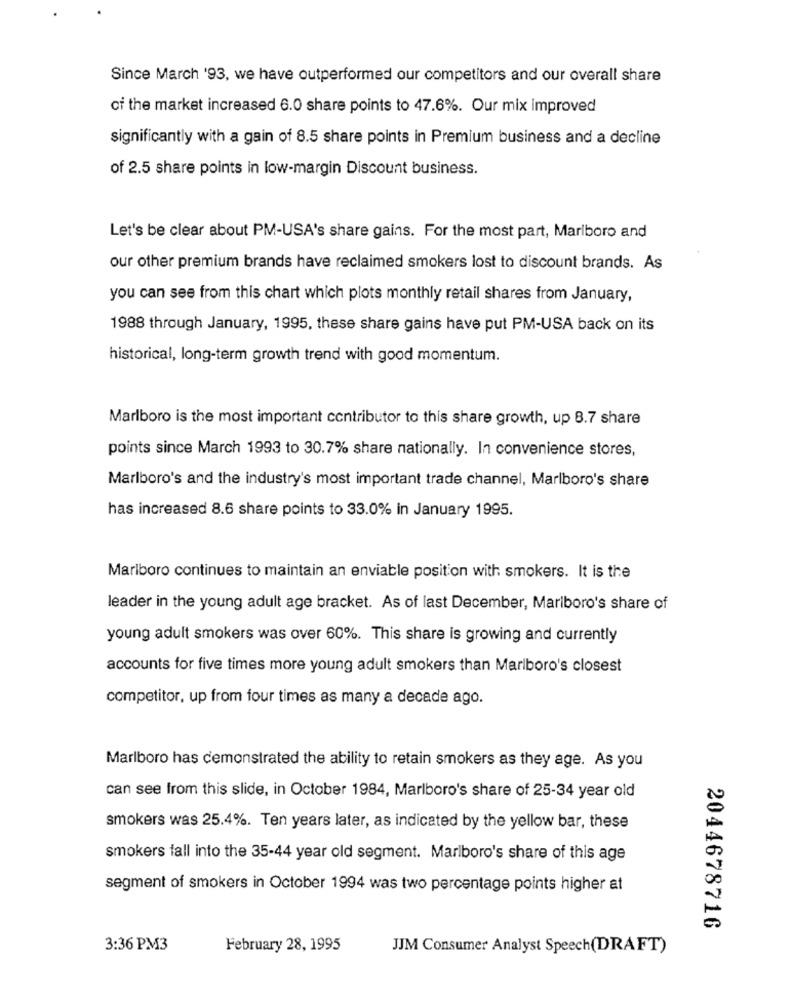
Since March '93, we have outperformed our competitors and our overall share
of the market increased 6.0 share points to 47.6%. Our mix improved
significantly with a gain of 8.5 share points in Premium business and a decline
of 2.5 share points in low-margin Discount business.
Let's be clear about PM-USA's share gains. For the most part, Marlboro and
our other premium brands have reclaimed smokers lost to discount brands. As
you can see from this chart which plots monthly retail shares from January,
1988 through January, 1995, these share gains have put PM-USA back on its
historical, long-term growth trend with good momentum.
Marlboro is the most important contributor to this share growth, up 8.7 share
points since March 1993 to 30.7% share nationally. In convenience stores,
Marlboro's and the industry's most important trade channel, Marlboro's share
has increased 8.6 share points to 33.0% in January 1995.
Marlboro continues to maintain an enviable position with smokers. It is the
leader in the young adult age bracket. As of last December, Marlboro's share of
young adult smokers was over 60%. This share is growing and currently
accounts for five times more young adult smokers than Marlboro's closest
competitor, up from four times as many a decade ago.
Marlboro has demonstrated the ability to retain smokers as they age. As you
can see from this slide, in October 1984, Marlboro's share of 25-34 year old
smokers was 25.4%. Ten years later, as indicated by the yellow bar, these
smokers fall into the 35-44 year old segment. Marlboro's share of this age
segment of smokers in October 1994 was two percentage points higher at
2044678716
3:36 PM3
February 28, 1995
JJM Consumer Analyst Speech(DRAFT)